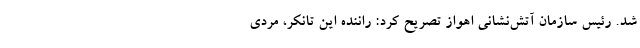
شد. رئیس سازمان آتش‌نشانی اهواز تصریح کرد: راننده این تانکر، مردی